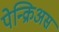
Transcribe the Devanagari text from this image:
पेन्क्रिअस